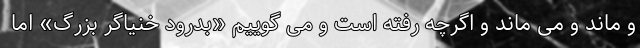
و ماند و می ماند و اگرچه رفته است و می گوییم «بدرود خنیاگر بزرگ» اما